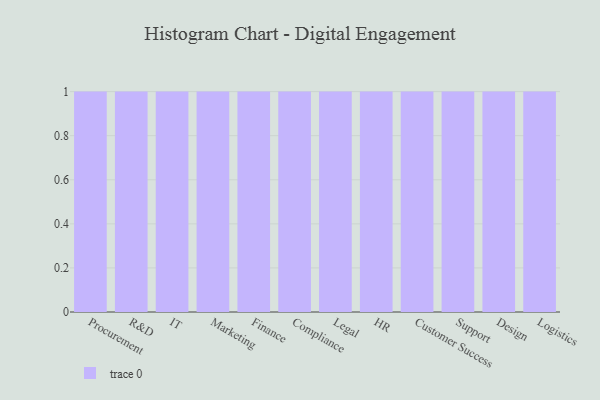
{"axis": {"x": "Department", "y": "Revenue (USD Million)"}, "legend": [""], "data": [{"x": "Procurement", "y": 23, "type": ""}, {"x": "R&D", "y": 30, "type": ""}, {"x": "IT", "y": 52, "type": ""}, {"x": "Marketing", "y": 31, "type": ""}, {"x": "Finance", "y": 64, "type": ""}, {"x": "Compliance", "y": 27, "type": ""}, {"x": "Legal", "y": 65, "type": ""}, {"x": "HR", "y": 3, "type": ""}, {"x": "Customer Success", "y": 6, "type": ""}, {"x": "Support", "y": 78, "type": ""}, {"x": "Design", "y": 31, "type": ""}, {"x": "Logistics", "y": 30, "type": ""}]}